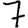
Digit: 7